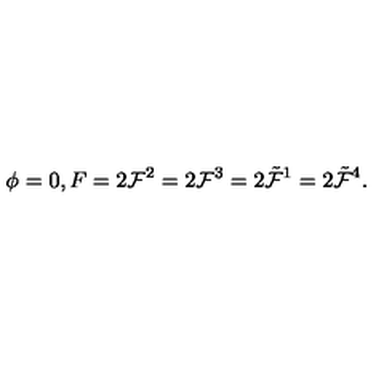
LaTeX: \phi = 0 , F = 2 { \cal F } ^ { 2 } = 2 { \cal F } ^ { 3 } = 2 \tilde { \cal F } ^ { 1 } = 2 \tilde { \cal F } ^ { 4 } .